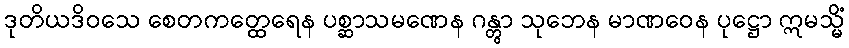
ဒုတိယဒိဝသေ စေတကတ္ထေရေန ပစ္ဆာသမဏေန ဂန္တွာ သုဘေန မာဏဝေန ပုဋ္ဌော ဣမသ္မိံ